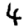
Digit: 4